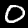
Digit: 0